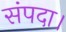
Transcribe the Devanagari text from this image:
संपदा।